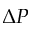
\Delta P